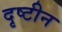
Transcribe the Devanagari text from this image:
दृष्टीन